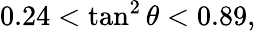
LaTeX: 0.24<\tan^{2}\theta<0.89,